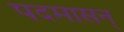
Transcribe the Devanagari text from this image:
पदमासन्